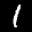
Label: 1